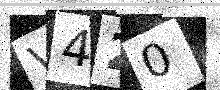
Text: V420